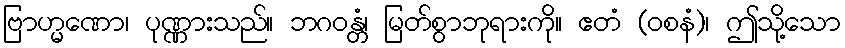
ဗြာဟ္မဏော၊ ပုဏ္ဏားသည်။ ဘဂဝန္တံ၊ မြတ်စွာဘုရားကို။ ဧတံ (ဝစနံ)၊ ဤသို့သော